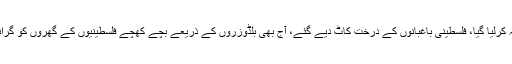
فلسطینیوں کی بستیوں اور زمینوں پر قبضہ کرلیا گیا، فلسطینی باغبانوں کے درخت کاٹ دیے گئے، آج بھی بلڈوزروں کے ذریعے بچے کھچے فلسطینیوں کے گھروں کو گرانا اسرائیلی حکام کا روز مرہ کا مشغلہ ہے۔